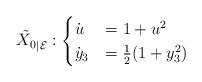
LaTeX: \begin{align*}\tilde {X_0}_{\vert \mathcal{E}} :\begin{cases}\dot u & =1 + u^2 \\\dot y_3 &= \frac{1}{2}(1+y_3^2)\end{cases}\end{align*}